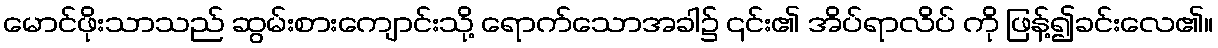
မောင်ဖိုးသာသည် ဆွမ်းစားကျောင်းသို့ ရောက်သောအခါ၌ ၎င်း၏ အိပ်ရာလိပ် ကို ဖြန့်၍ခင်းလေ၏။